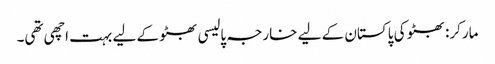
مارکر: بھٹو کی پاکستان کے لیے خارجہ پالیسی بھٹو کے لیے بہت اچھی تھی۔